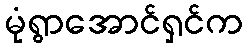
မုံရွာအောင်ရှင်က